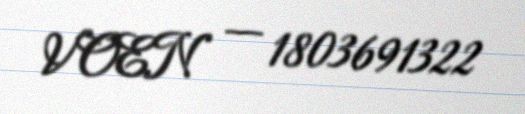
VOEN — 1803691322